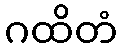
ဂထိတံ